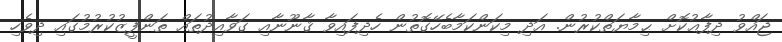
ޖައްވު ދިފާޢުކޮށް ޙިމާޔަތްކުރުން. އަދި މިކަންކަމާބެހޭގޮތުން ހެދިފައިވާ ޤާނޫނާއި ގަވާއިދުތައް ތަންފީޒުކުރުމުގައި ދިވެހި